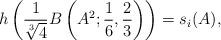
LaTeX: \begin{align*}h\left(\frac{1}{\sqrt[3]{4}}B\left(A^2;\frac{1}{6},\frac{2}{3}\right)\right)=s_i(A),\end{align*}